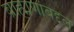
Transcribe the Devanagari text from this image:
ब्राह्मणांबद्दल